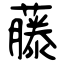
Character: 藤